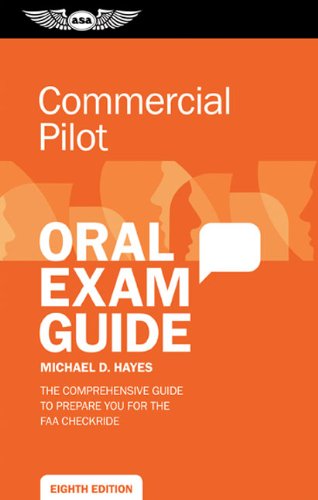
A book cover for Commercial Pilot Oral Exam Guide: The comprehensive guide to prepare you for the FAA checkride (Oral Exam Guide series); Michael D. Hayes; Engineering & Transportation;